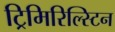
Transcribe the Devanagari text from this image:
ट्रिमिरिल्स्टिन